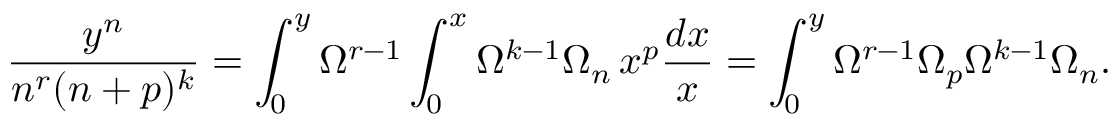
\frac { y ^ { n } } { n ^ { r } ( n + p ) ^ { k } } = \int _ { 0 } ^ { y } \Omega ^ { r - 1 } \int _ { 0 } ^ { x } \Omega ^ { k - 1 } \Omega _ { n } \, x ^ { p } \frac { d x } { x } = \int _ { 0 } ^ { y } \Omega ^ { r - 1 } \Omega _ { p } \Omega ^ { k - 1 } \Omega _ { n } .